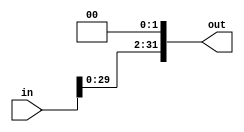
`timescale 1ns / 1ps
//////////////////////////////////////////////////////////////////////////////////
// Company: 
// Engineer: 
// 
// Design Name: 
// Module Name: ShiftLeft2
// Project Name: 
// Target Devices: 
// Tool Versions: 
// Description: 
// 
// Dependencies: 
// 
// Revision:
// Revision 0.01 - File Created
// Additional Comments:
// 
//////////////////////////////////////////////////////////////////////////////////


module ShiftLeft2(in, out);
    input [31:0] in;
    output reg [31:0] out;
    
    initial begin
        out <= 0;
    end
    
    always @(*) begin
        out <= in << 2;
     end
        
endmodule